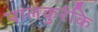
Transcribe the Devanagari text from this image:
पालकुर्रकि